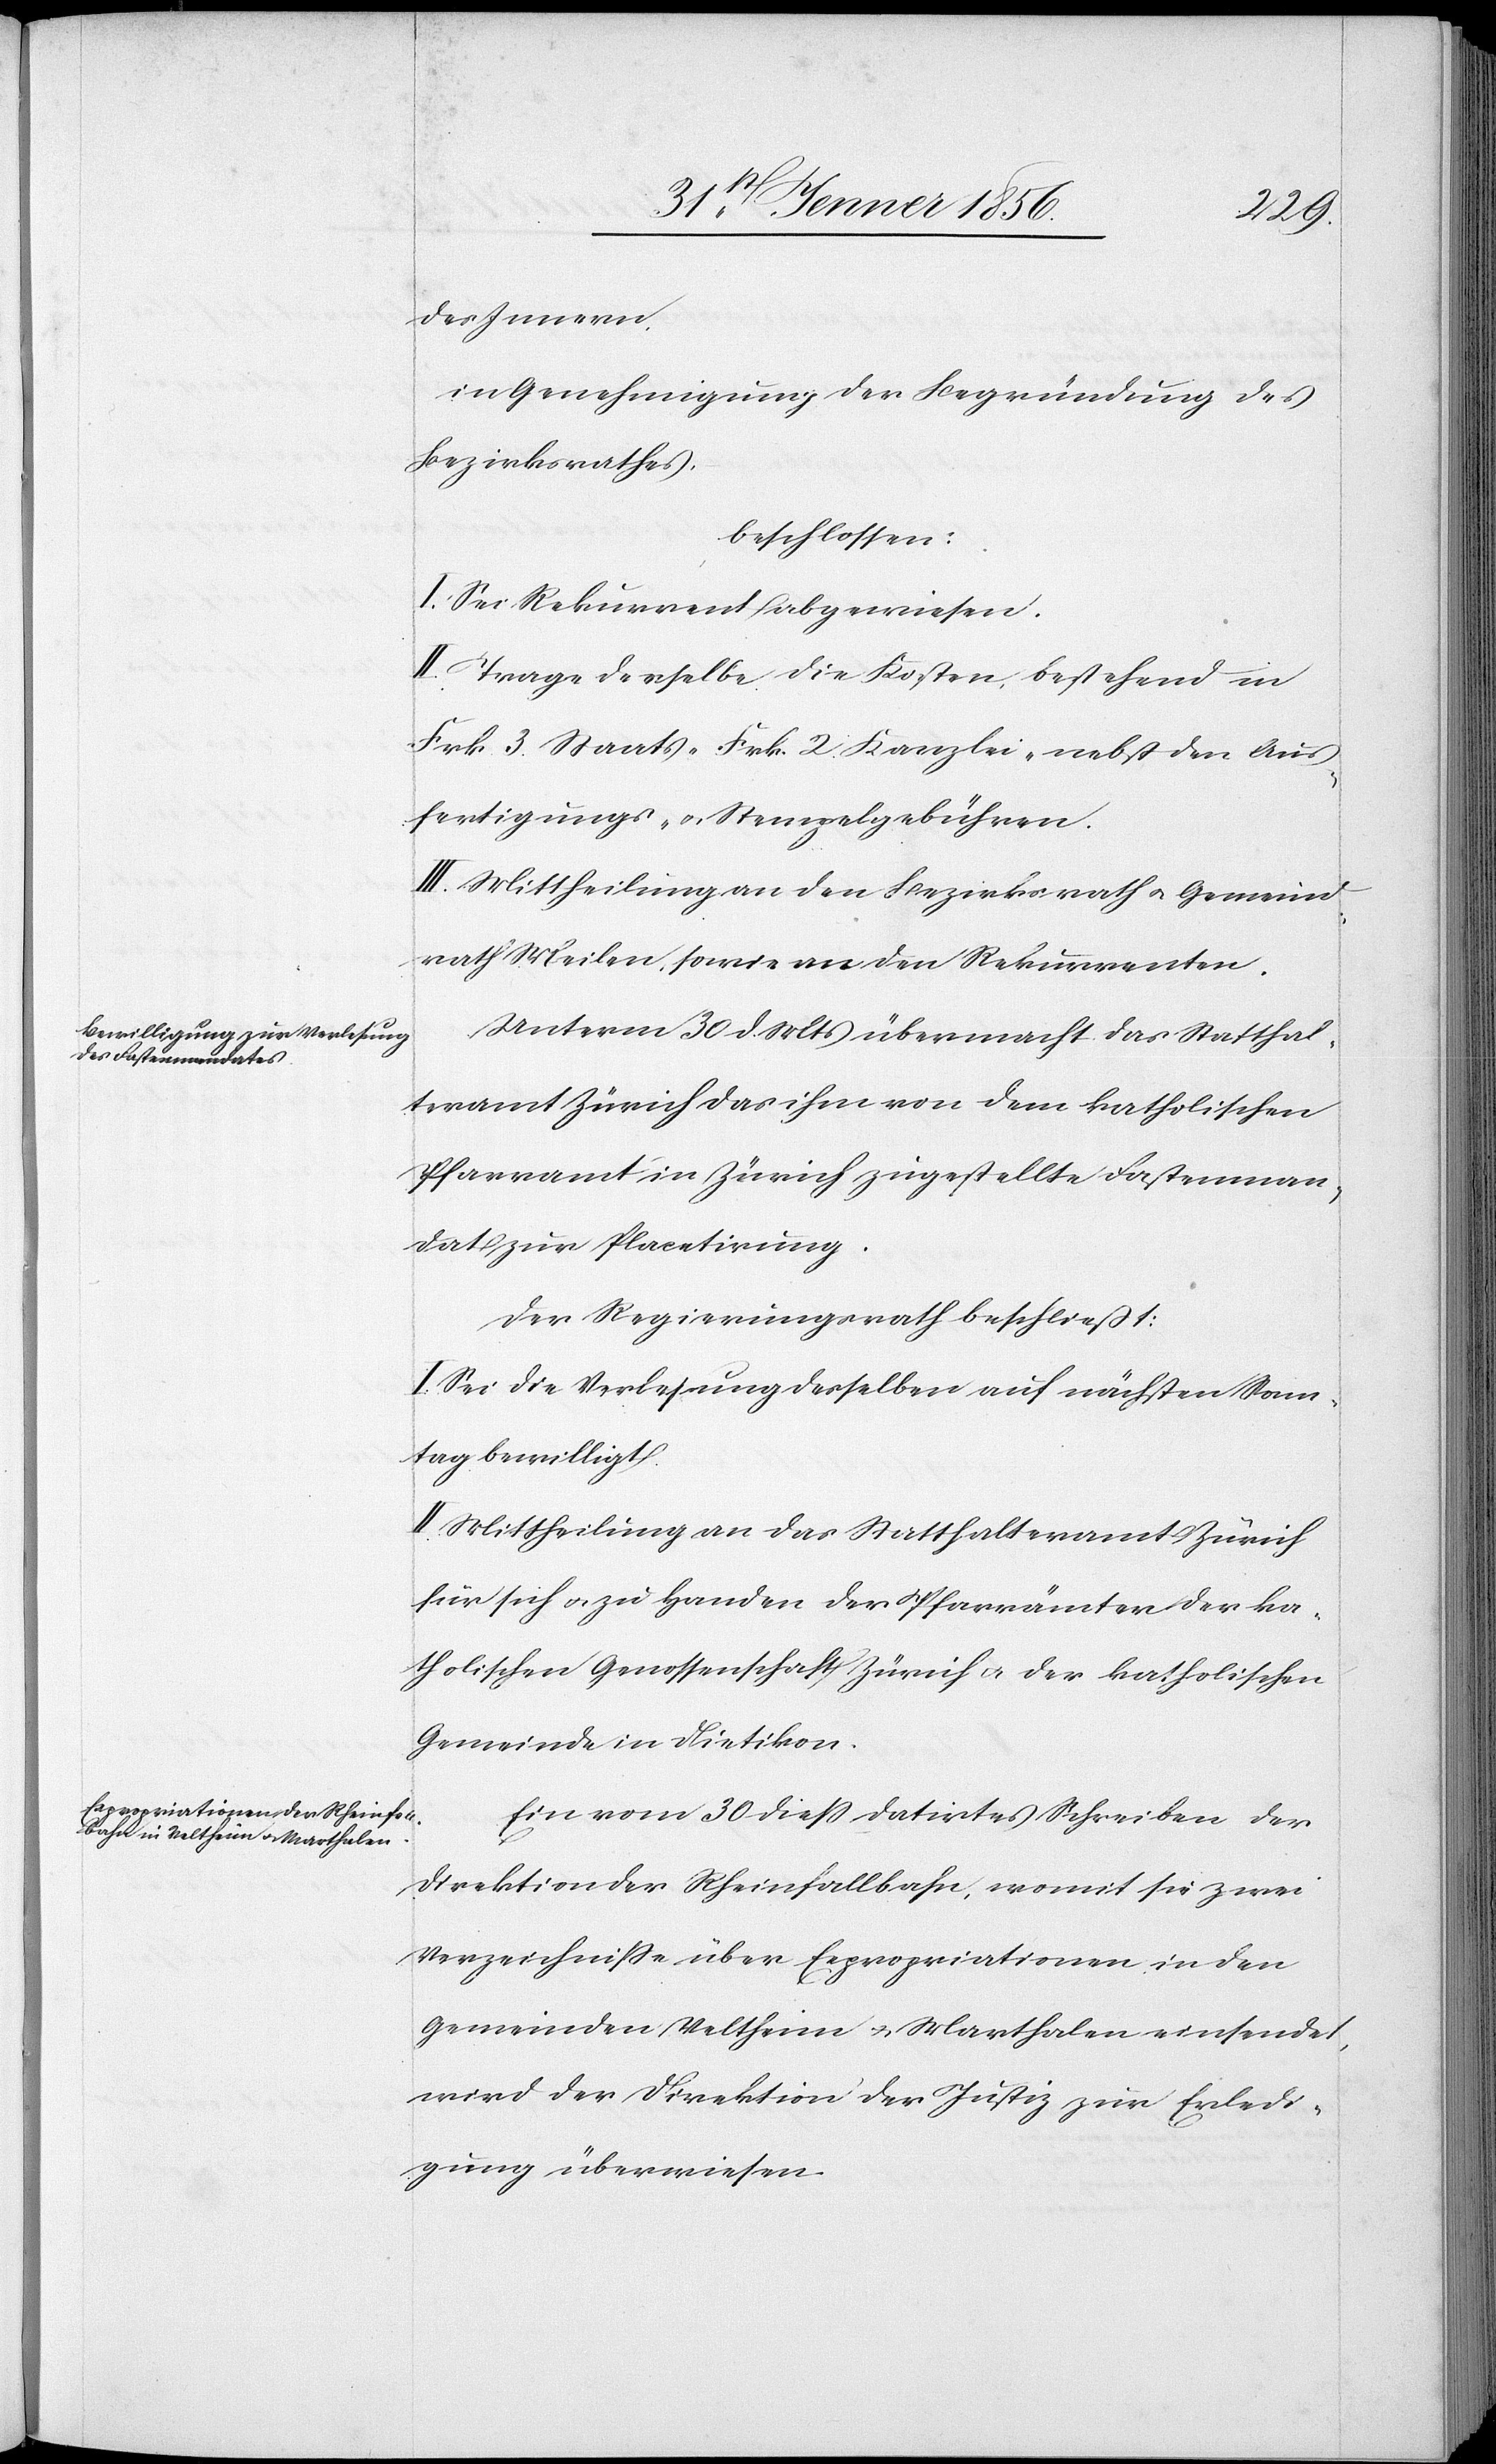
des Innern,
in Genehmigung der Begründung des
Bezirksrathes,
beschlossen:
I. Sei Rekurrent abgewiesen.
II. Trage derselbe die Kosten, bestehend in
Frk. 3. Staats-[,] Frk. 2. Kanzlei- nebst der Aus¬
fertigungs- u. Stempelgebühren.
III. Mittheilung an den Bezirksrath u. Gemeind¬
rath Meilen, sowie an den Rekurrenten.
Unterm 30 d. Mts übermacht das Statthal¬
teramt Zürich das ihm von dem katholischen
Pfarramt in Zürich zugestellte Fastenman¬
dat zur Placetirung.
Der Regierungsrath beschließt:
I. Sei die Verlesung desselben auf nächsten Sonn¬
tag bewilligt.
II. Mittheilung an das Statthalteramt Zürich
für sich u. zu Handen der Pfarrämter der ka¬
tholischen Genossenschaft Zürich u. der katholischen
Gemeinde in Dietikon.
Ein vom 30 dieß datirtes Schreiben der
Direktion der Rheinfallbahn, womit sie zwei
Verzeichniße über Expropriationen in den
Gemeinden Veltheim u. Marthalen einsendet,
wird der Direktion der Justiz zur Erledi¬
gung überwiesen.